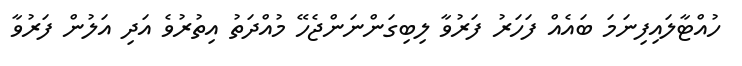
ހުއްޓާލައިފިނަމަ ބައެއް ފަހަރު ފަރުވާ ލިބިގަންނަންޖެހޭ މުއްދަތު އިތުރުވެ އަދި އަލުން ފަރުވާ